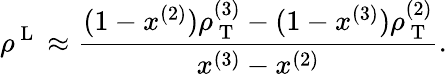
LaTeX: \rho^{\mathrm{~L~}}\approx\frac{(1-x^{(2)})\rho_{\mathrm{~T~}}^{(3)}-(1-x^{(3)})\rho_{\mathrm{~T~}}^{(2)}}{x^{(3)}-x^{(2)}}.